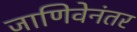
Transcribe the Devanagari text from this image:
जाणिवेनंतर